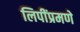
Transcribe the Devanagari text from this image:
लिपींप्रमणे